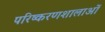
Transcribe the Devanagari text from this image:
परिष्करणशालाओं